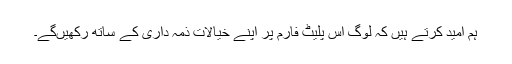
ہم امید کرتے ہیں کہ لوگ اس پلیٹ فارم پر اپنے خیالات ذمہ داری کے ساتھ رکھیںگے۔